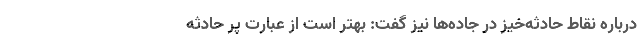
درباره نقاط حادثه‌خیز در جاده‌ها نیز گفت: بهتر است از عبارت پر حادثه